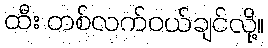
ထီး တစ်လက်ဝယ်ချင်လို့။